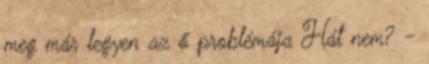
meg már legyen az ő problémája Hát nem? -